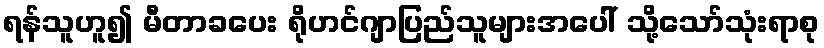
ရန်သူဟူ၍ မီတာခပေး ရိုဟင်ဂျာပြည်သူများအပေါ် သို့သော်သုံးရာစု